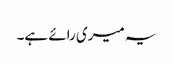
یہ میری رائے ہے۔